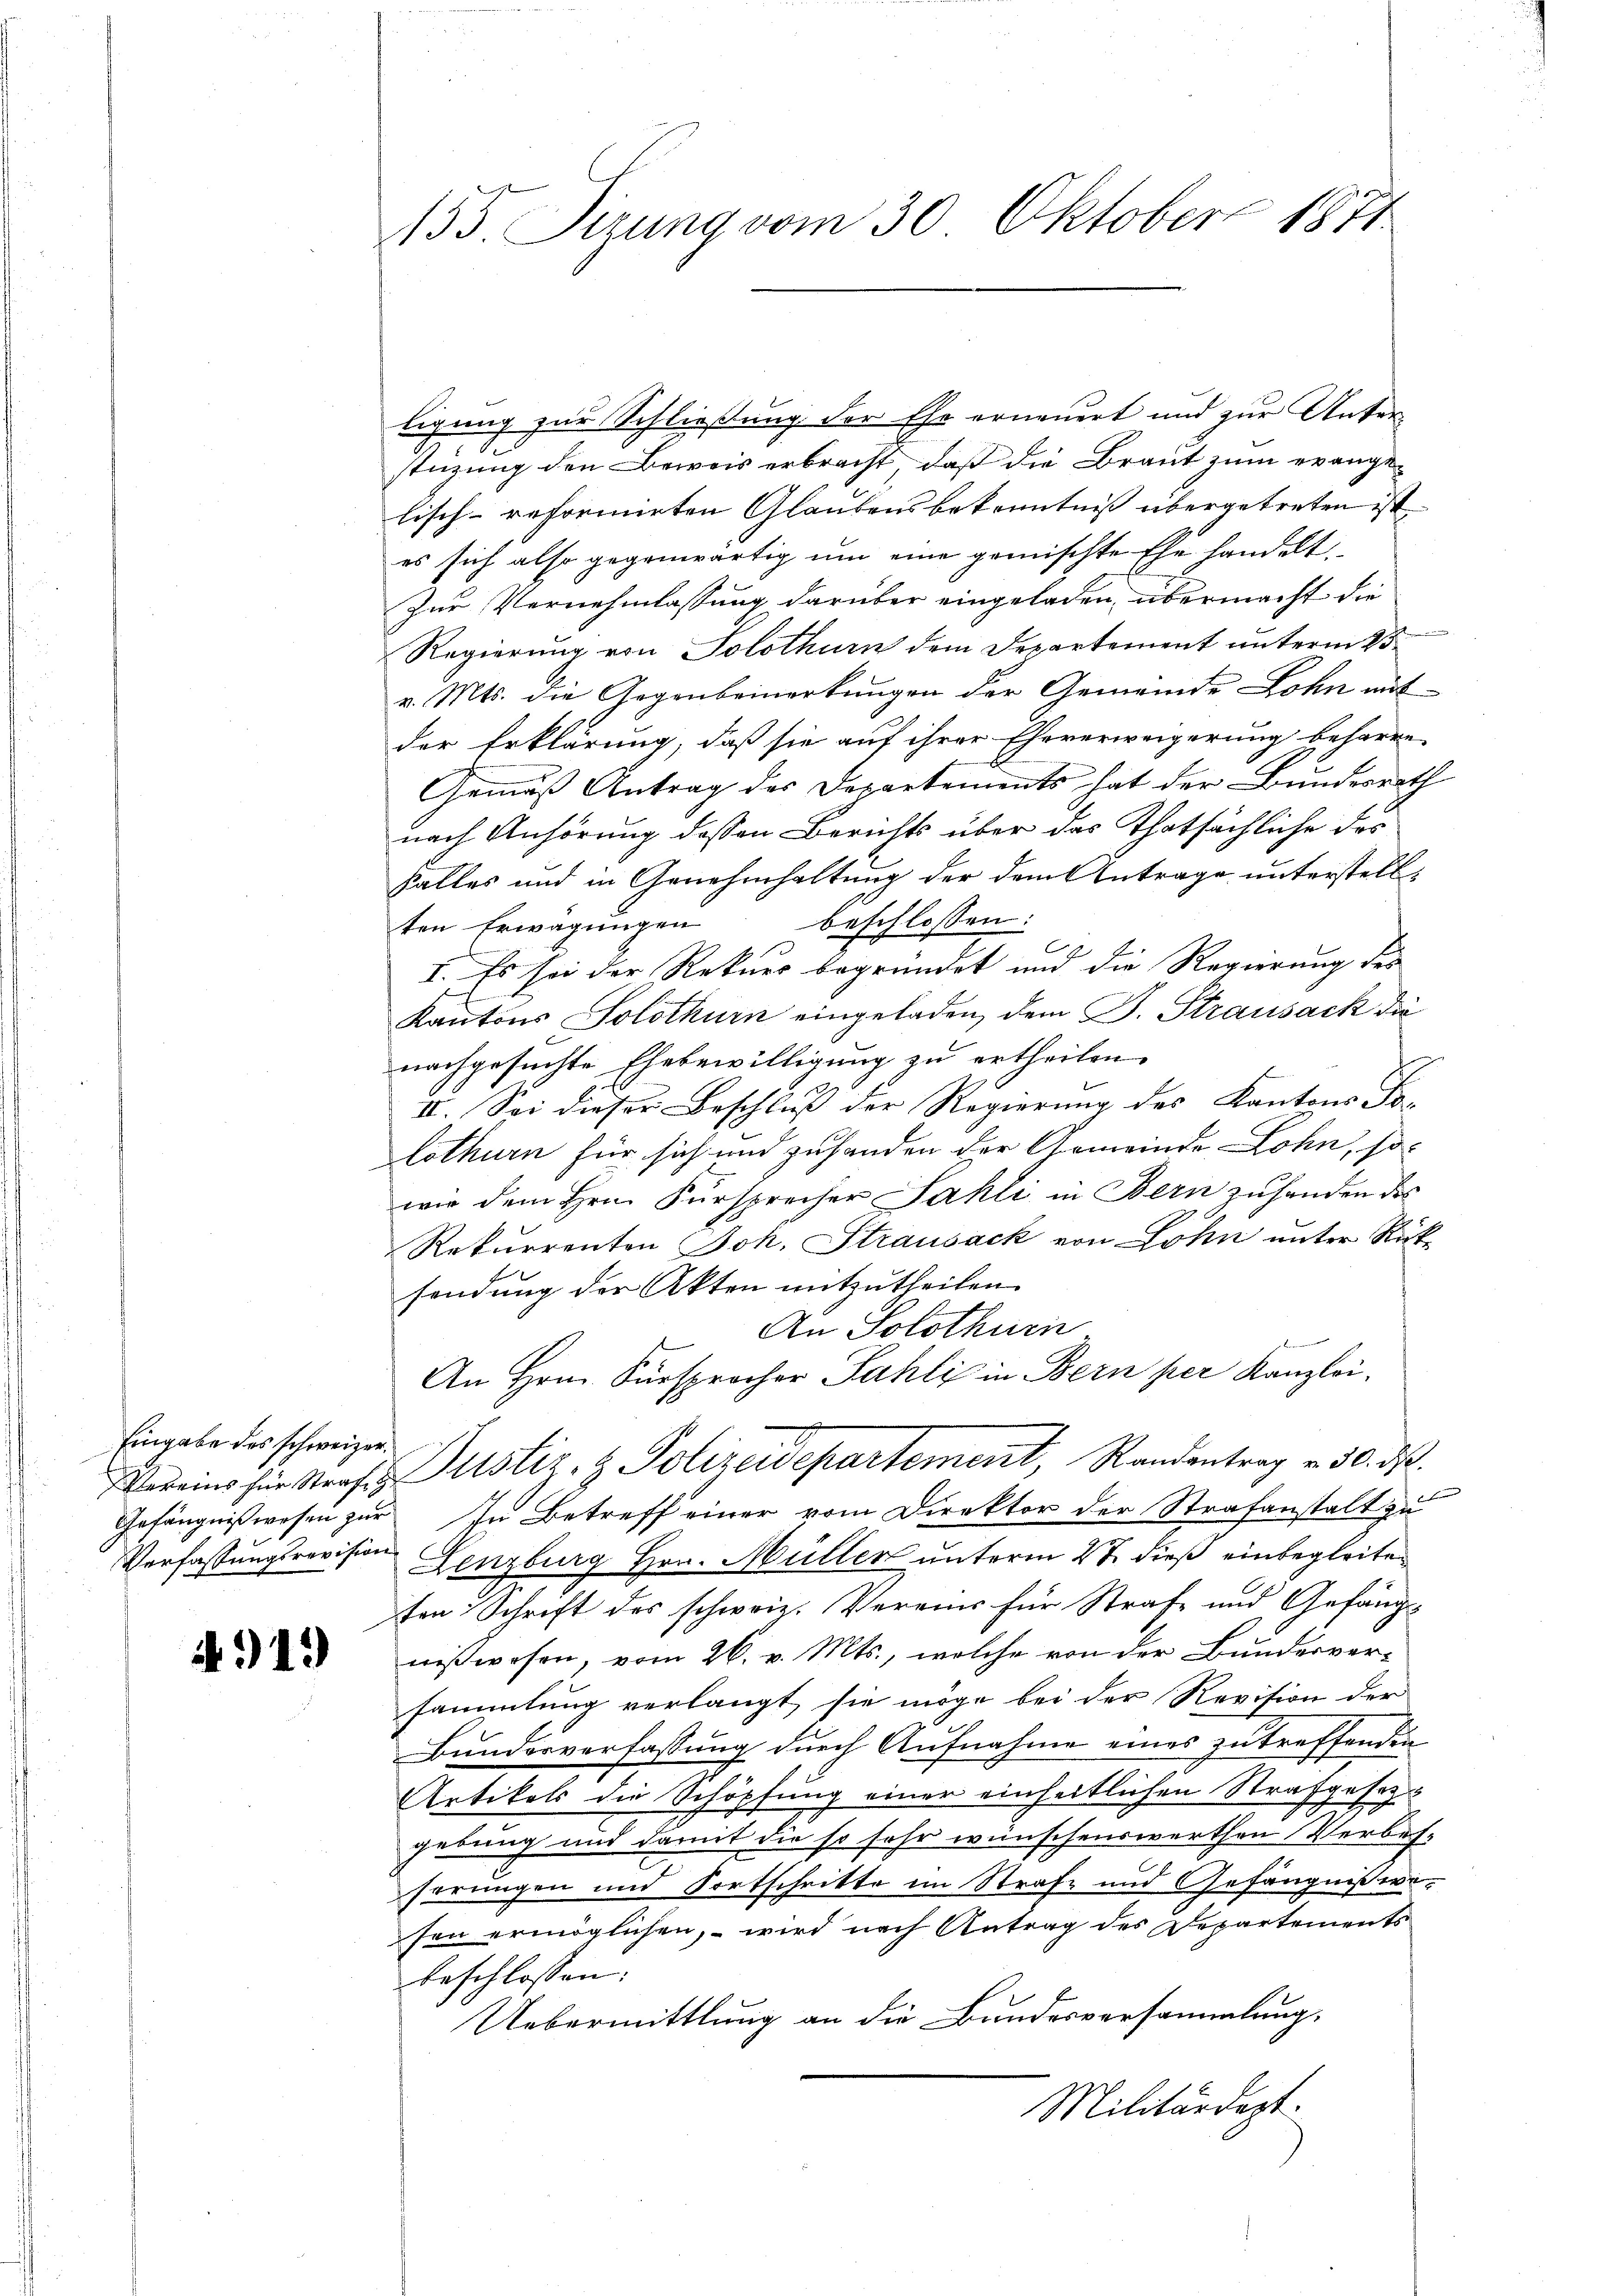
Eingabe des schweizer¬

4919

155. Sizung vom 30. Oktober 1871

ligung zur Schließung der Ehe erneuert und zur Unterstüzung den Beweis erbracht, daß die Braut zum evange-
lisch-reformirten Glaubensbekenntniß übergetreten ist.
es sich also gegenwärtig um eine gemischte Ehe handelt.
Zur Vernehmlassung darüber eingeladen, übermacht die
Regierung von Solothurn dem Departement unterm 25.
v. Mts. die Gegenbemerkungen der Gemeinde Lohn mit
der Erklärung, daß sie auf ihrer Eheverweigerung beharre-
Gemäß Antrag der Departements hat der Bundesrath
nach Anhörung dessen Berichts über das Thatsächliche des
falles und in Genehmhaltung der dem Antrage unterstellbeschlossen:
ten Erwägungen
C
24
I. Es sei der Rekurs begründet und die Regierung des
Kantons Solothurn eingeladen, dem J. Strausack die
nachgesuchte Ehebewilligung zu ertheilen.
II. Sei dieser Beschluß der Regierung des Kantons Tolothurn für sich und zuhanden der Gemeinde Lohn, so-
wie dem Hrn. Fürsprecher Sahli in Bern zŭ handen des
Rekurrenten Joh. Strausack von Lohn unter Rücksendung der Akten mitzutheilen.
An Solothurn
 Brennen
An Hrn. Fürsprocher Sahli in Bern per Kanzlei.
Vereins für Strafen Justiz- & Polizeidepartement, Randantrag v. 30. ds.
Gefängnißwesen zur In Betreff einer vom Direktor der Strafanstalt zu
Verfassungsrevision Lenzburg Hrn. Müller unterm 27. dieß einbegleiteten Schrift des schweiz. Vereins für Strafe und Gefängnißwesen, vom 26. v. Mts., welche von der Bundesversammlung verlangt, sie möge bei der Revision der
Bundesverfassung durch Aufnahme eines zu treffenden
Artikels die Schöpfung einer einheitlichen Strafgese¬
F
gebung und damit die so sehr wünschenswerthen Verbes-
ferungen und Fortschritte im Strafe und Gefängnisseisen ermöglichen, – wird nach Antrag des Departements
beschlossen:
Uebermittlung an die Bundesversammlung,
Militärdept.